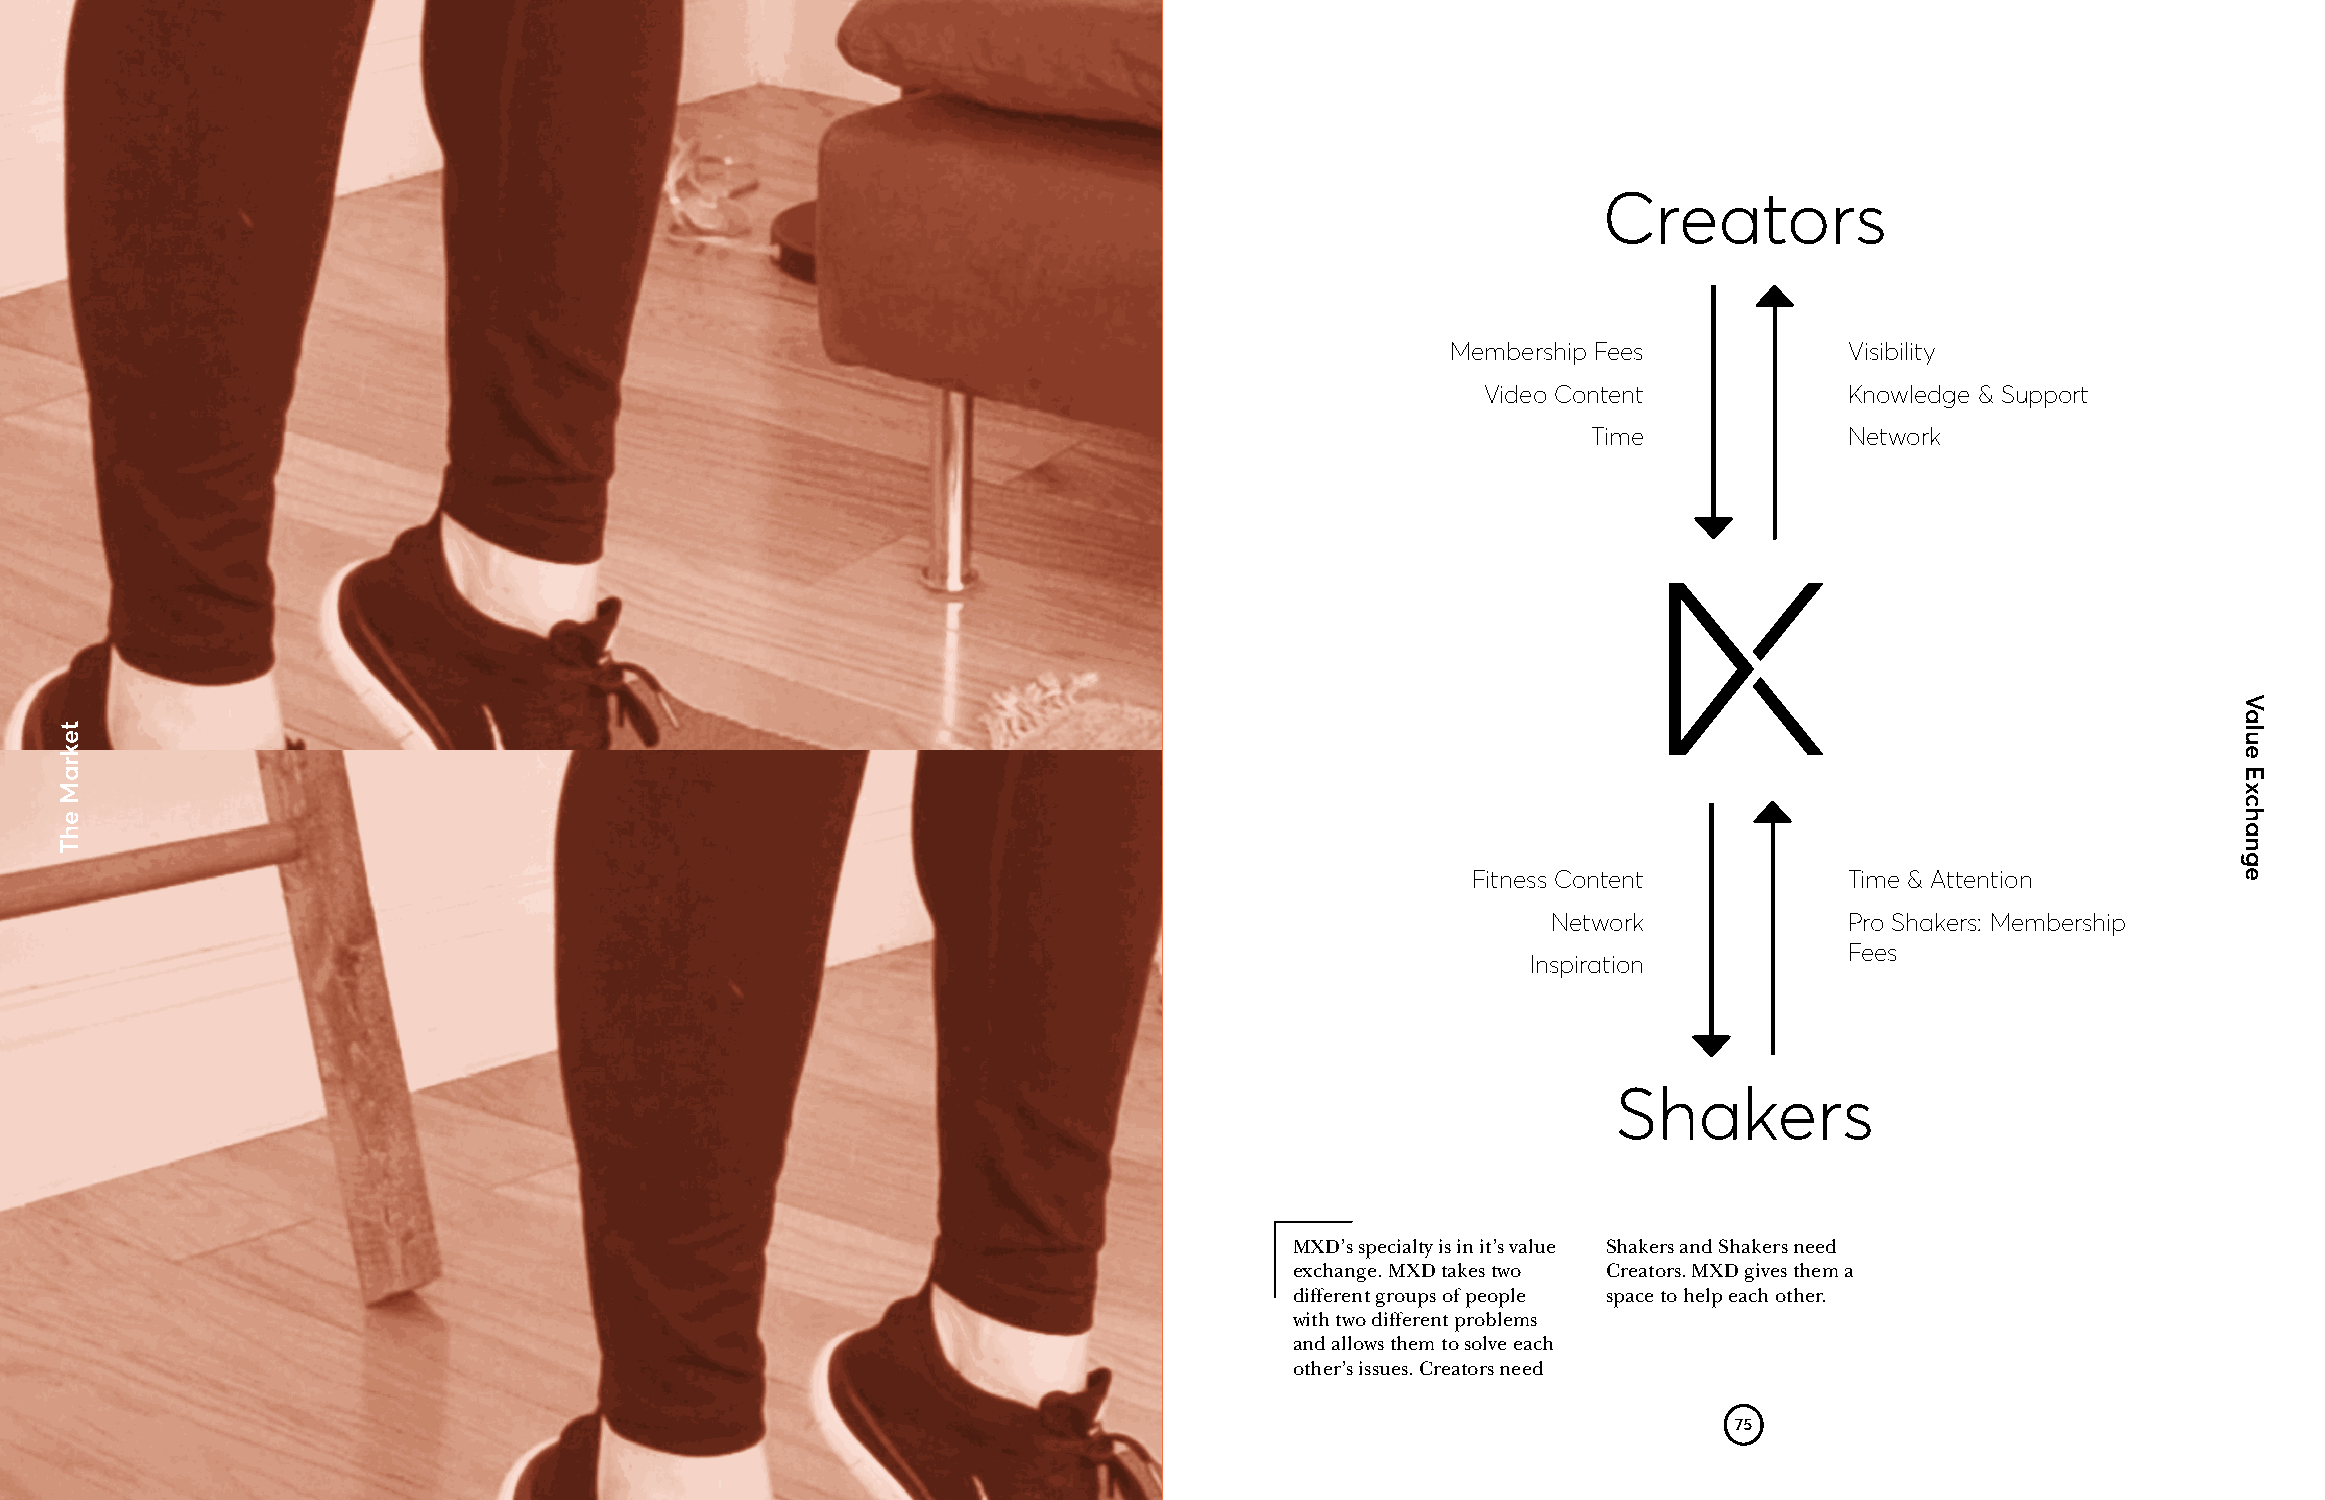
Creators
 Membership Fees           Visibility
 Video Content           Knowledge & Support
 Time             Network
 Fitness Content          Time & Attention
 Network            Pro Shakers: Membership
 Fees
 Inspiration
 Shakers
 MXD’s specialty is in it’s value Shakers and Shakers need
 exchange. MXD takes two Creators. MXD gives them a
 different groups of people space to help each other.
 with two different problems
 and allows them to solve each
 other’s issues. Creators need
 75
 tekraM
 ehT
 Value
 Exchange